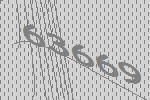
63669